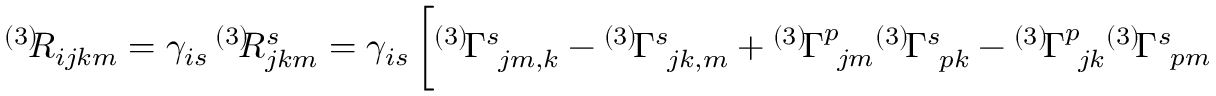
\begin{array} { r } { ^ { \left( 3 \right) } \! \! R _ { i j k m } = \gamma _ { i s } \, ^ { \left( 3 \right) } \! \! R _ { j k m } ^ { s } = \gamma _ { i s } \, \bigg [ { } ^ { \left( 3 \right) } \! \Gamma _ { \, \, \, j m , k } ^ { s } - { } ^ { \left( 3 \right) } \! \Gamma _ { \, \, \, j k , m } ^ { s } + { } ^ { \left( 3 \right) } \! \Gamma _ { \, \, \, j m } ^ { p } { } ^ { \left( 3 \right) } \! \Gamma _ { \, \, \, p k } ^ { s } - { } ^ { \left( 3 \right) } \! \Gamma _ { \, \, \, j k } ^ { p } { } ^ { \left( 3 \right) } \! \Gamma _ { \, \, \, p m } ^ { s } \bigg ] , } \end{array}